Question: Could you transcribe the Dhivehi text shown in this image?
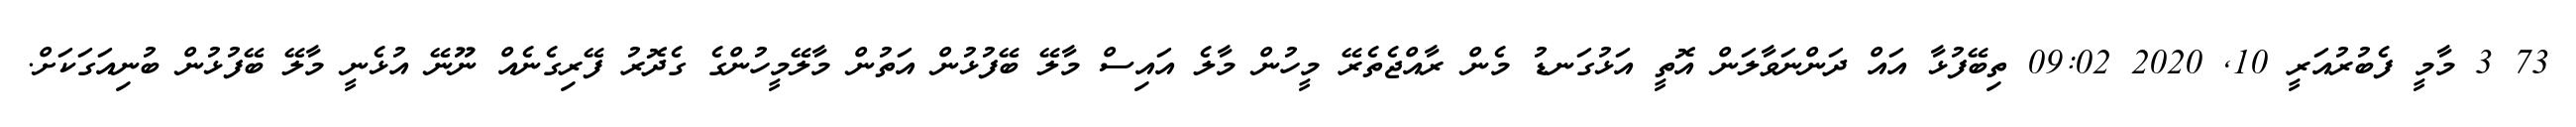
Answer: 73 3 މާމީ ފެބުރުއަރީ 10, 2020 09:02 ތިބޭފުޅާ އައް ދަންނަވާލަން އޮތީ އަޅުގަނޑު މެން ރާއްޖެތެރޭ މީހުން މާލެ އައިސް މާލޭ ބޭފުޅުން އަތުން މާލޭމީހުންގެ ގެދޮރު ފޭރިގެނެއް ނޫނޭ އުޅެނީ މާލޭ ބޭފުޅުން ބުނިއަގަކަށް.